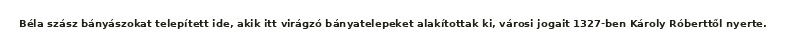
Béla szász bányászokat telepített ide, akik itt virágzó bányatelepeket alakítottak ki, városi jogait 1327-ben Károly Róberttől nyerte.